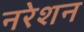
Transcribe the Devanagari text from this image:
नरेशन